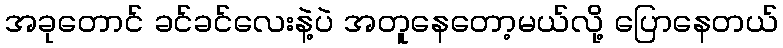
အခုတောင် ခင်ခင်လေးနဲ့ပဲ အတူနေတော့မယ်လို့ ပြောနေတယ်